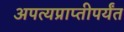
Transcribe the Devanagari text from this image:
अपत्यप्राप्तीपर्यंत